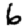
Digit: 6